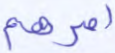
أمرهم